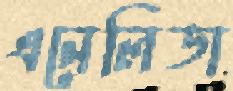
এনেলিডা